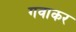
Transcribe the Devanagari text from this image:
गवाकर